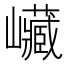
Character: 𡿄